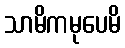
သာမိကမုပေမိ